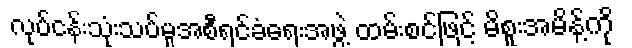
လုပ်ငန်းသုံးသပ်မှုအစီရင်ခံရေးအဖွဲ့ ထမ်းစင်ဖြင့် မိစူးအမိန့်ကို